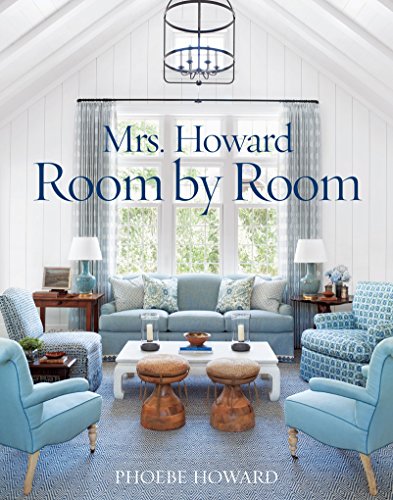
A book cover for Mrs. Howard, Room by Room; Phoebe Howard; Crafts, Hobbies & Home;